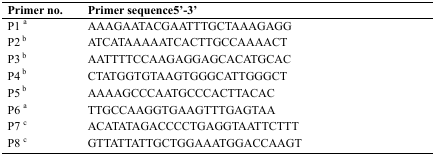
<table><thead><tr><td><b>Primer no.</b></td><td><b>Primer sequence5′-3′</b></td></tr></thead><tbody><tr><td>P1 a</td><td>AAAGAATACGAATTTGCTAAAGAGG</td></tr><tr><td>P2 b</td><td>ATCATAAAAATCACTTGCCAAAACT</td></tr><tr><td>P3 b</td><td>AATTTTCCAAGAGGAGCACATGCAC</td></tr><tr><td>P4 b</td><td>CTATGGTGTAAGTGGGCATTGGGCT</td></tr><tr><td>P5 b</td><td>AAAAGCCCAATGCCCACTTACAC</td></tr><tr><td>P6 a</td><td>TTGCCAAGGTGAAGTTTGAGTAA</td></tr><tr><td>P7 c</td><td>ACATATAGACCCCTGAGGTAATTCTTT</td></tr><tr><td>P8 c</td><td>GTTATTATTGCTGGAAATGGACCAAGT</td></tr></tbody></table>